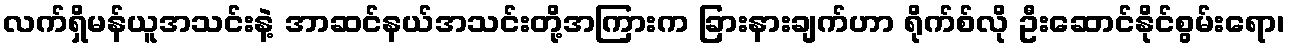
လက်ရှိမန်ယူအသင်းနဲ့ အာဆင်နယ်အသင်းတို့အကြားက ခြားနားချက်ဟာ ရိုက်စ်လို ဦးဆောင်နိုင်စွမ်းရော၊